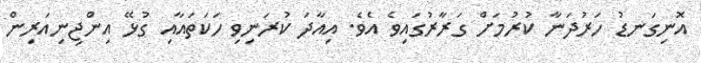
އޮނިގަނޑު ހަރުދަނާ ކުރުމަށް ގަރާރުގައިވެ އެވެ. އިއާދަ ކުރަނިވި ހަކަތައާއި ގުޅޭ އިންޖިނިއަރިން